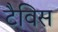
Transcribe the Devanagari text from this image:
टैविस